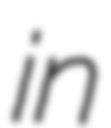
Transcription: in